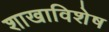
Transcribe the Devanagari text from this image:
शाखाविशेष